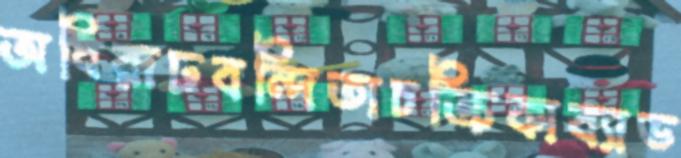
অধিরূঢবন্দিতাচক্রিকাব্যাড